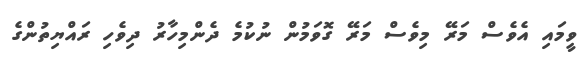
ވީމައި އެވެސް މަރޭ މިވެސް މަރޭ ގޮވަމުން ނުކުމެ ދެންމިހާރު ދިވެހި ރައްޔިތުންގެ